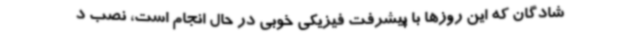
شادگان که این روزها با پیشرفت فیزیکی خوبی در حال انجام است، نصب د